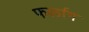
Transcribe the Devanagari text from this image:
फर्लाग